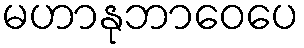
မဟာနုဘာဝေပေ